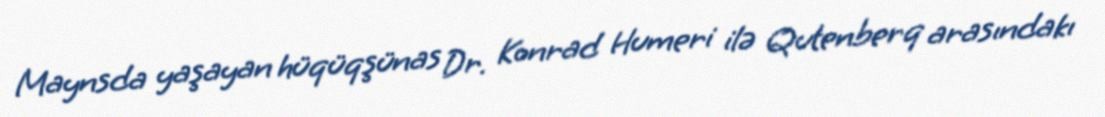
Maynsda yaşayan hüqüqşünas Dr. Konrad Humeri ilə Qutenberq arasındakı